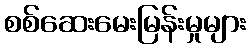
စစ်ဆေးမေးမြန်းမှုများ